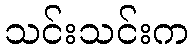
သင်းသင်းက